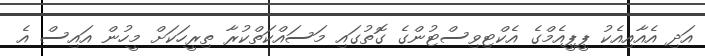
އަދި އެއާއިއެކު ޕީޕީއެމްގެ އެކްޓިވިސްޓުންގެ ގޮތުގައި މަސައްކަތްކުރާ ތިރީހަކަށް މީހުން އައިސް އެ